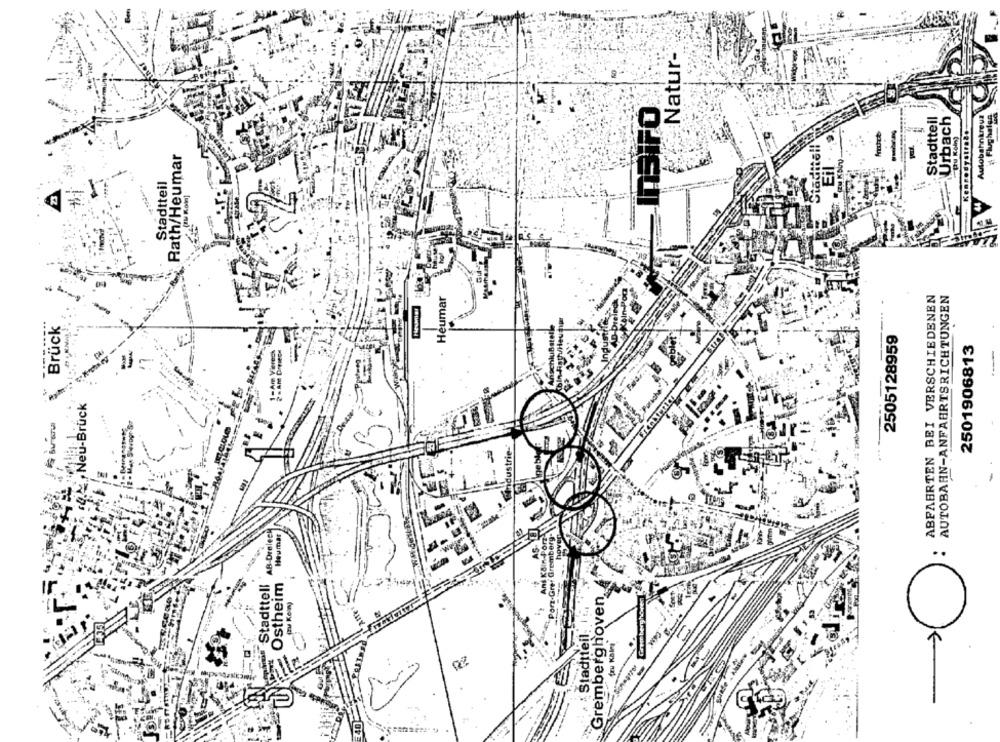
:Natur-
Stadtteil
Urbach
Autobahnkreuz
Flughafen
KennedystroBo
-
"(u Koln)
aditell
Rath/Heumar
Insi
Eil
Stadtteil
44
ABFAHRTEN BEI VERSCHIEDENEN
AUTOBAHN-ANFAHRTSRICHTUNGEN
Heumar
.......
Brück
2505128959
2501906813
Porsche
- -
Aindustrie-
AB-Dreieck
Heumar
Ans Köln-Porz
"Porz-Gref Gremberg-
hoved
-O
Stadttell
Ostheim
Gremberghoven
(zu Kein)
Stadtteil: 1
fru KBInt
40